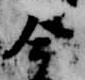
今